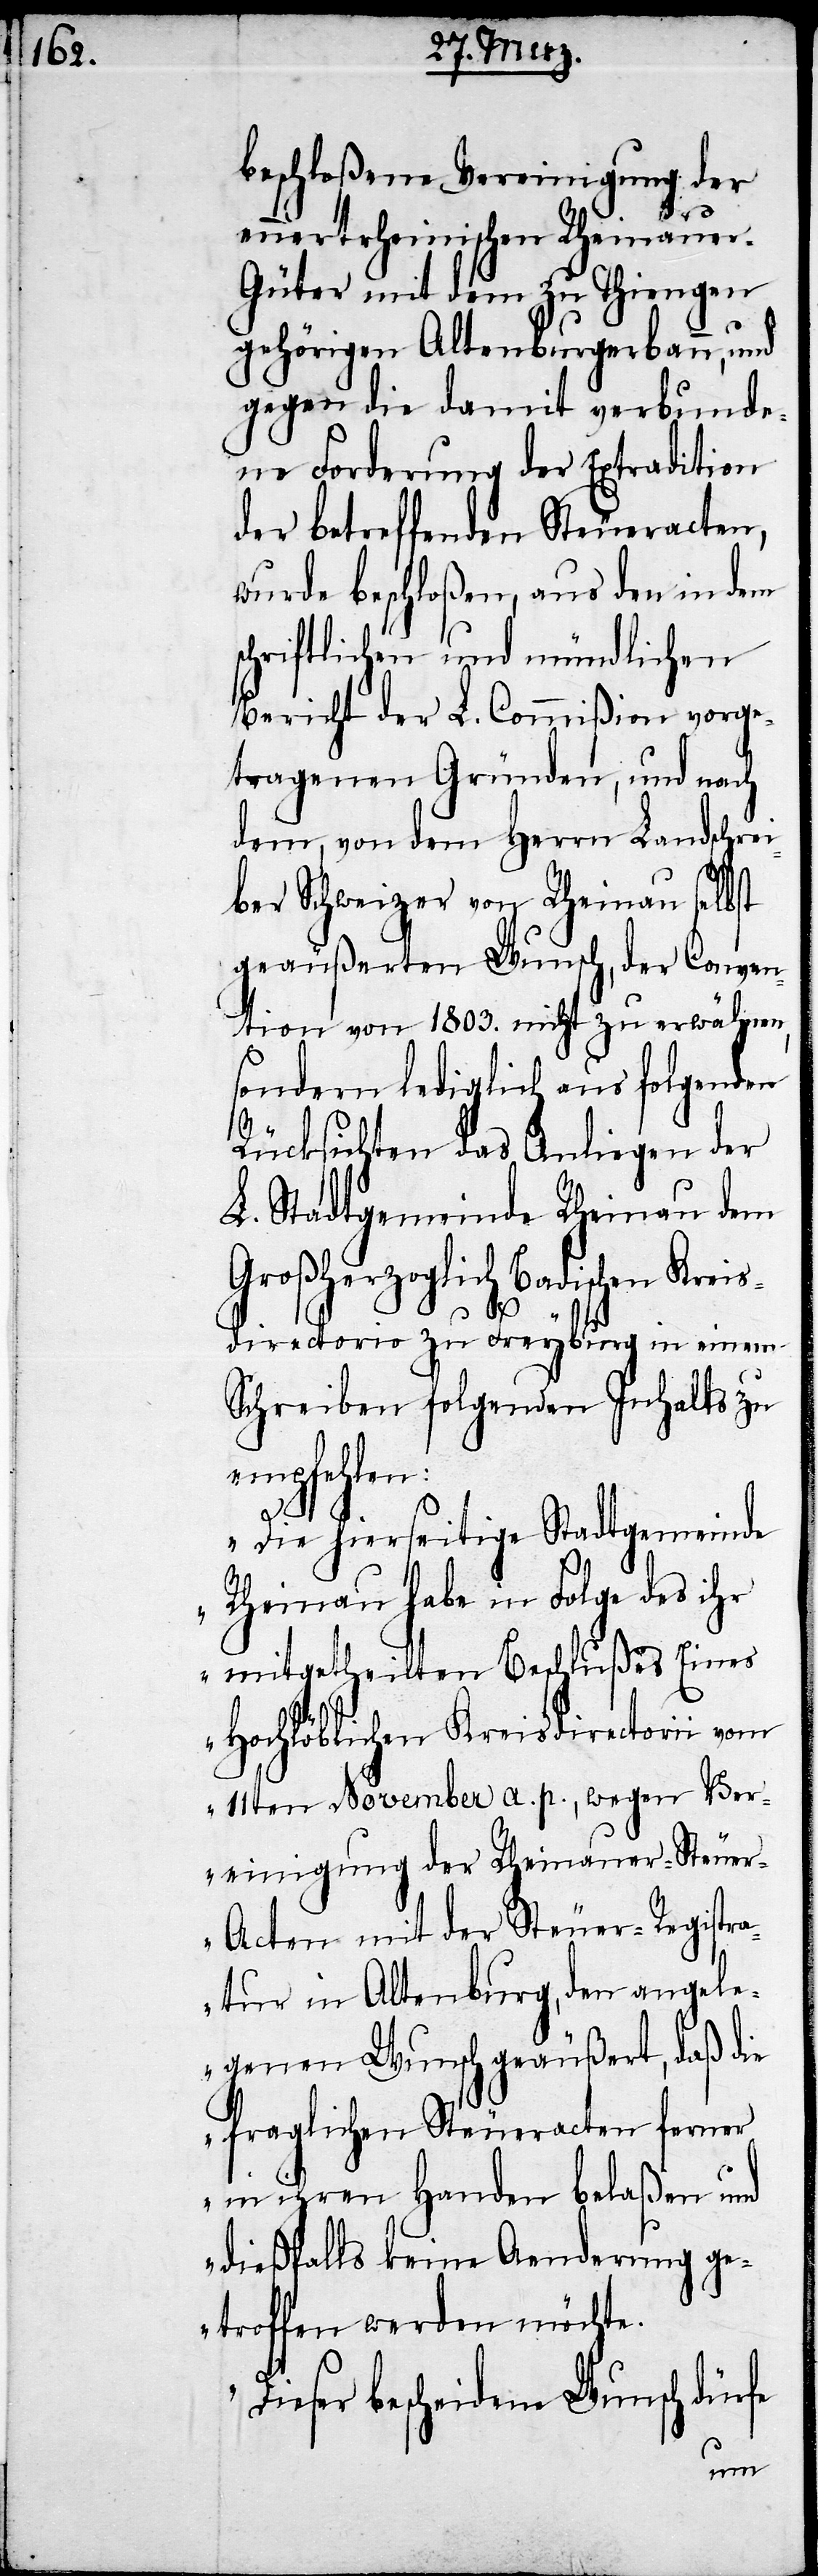
beschloßene Vereinigung der
ennertrheinischen Rheinaue¬
r-Güter mit dem zu Thiengen
gehörigen Altenburgerbau, und
gegen die damit verbunde¬
ne Forderung der Extradtition
der betreffenden Steueracten,
wurde beschloßen, aus den in dem
schriftlichen und mündlichen
Bericht der L. Commißion vorge¬
tragenen Gründen, und nach
dem, von dem Herrn Landschre¬
iber Schweizer von Rheinau selbst
geäußerten Wunsch, der Conven¬
tion von 1803. nicht zu erwähnen,
sondern lediglich aus folgenden
Rücksichten das Anliegen der
L. Stadtgemeinde Rheinau dem
Großherzoglich Badischen Kre¬
isdirectorio zu Freyburg in einem
Schreiben folgenden Inhalts zu
empfehlen:
„Die hierseitige Stadtgemeinde
Rheinau habe in Folge des ihr
mitgetheilten Beschlußes Eines
Hochlöblichen Kreisdirectorii vom
11ten November a. p., wegen Ver¬
einigung der Rheinauer-Steue¬
r-Acten mit der Steuer-Registra¬
tur in Altenburg, den angele¬
genen Wunsch geäußert, daß die
fraglichen Steueracten ferner
in ihren Handen belaßen und
dießfalls keine Aenderung ge¬
troffen werden möchte.
Dieser Bescheidene Wunsch dürfe